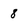
Character: 8